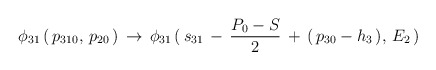
\begin{align*}\phi_{31}\,(\,p_{310},\,p_{20}\,)\,\to\,\phi_{31}\,(\,s_{31}\,-\,{P_0-S\over2}\,+\,(\,p_{30}-h_3\,),\,E_2\,)\end{align*}